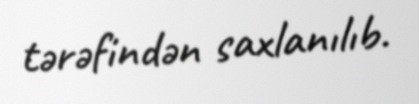
tərəfindən saxlanılıb.